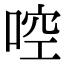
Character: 啌